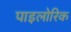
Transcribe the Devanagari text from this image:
पाइलोरिक